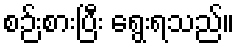
စဉ်းစားပြီး ရွေးရသည်။